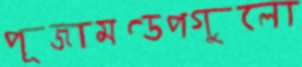
পূজামণ্ডপগুলো